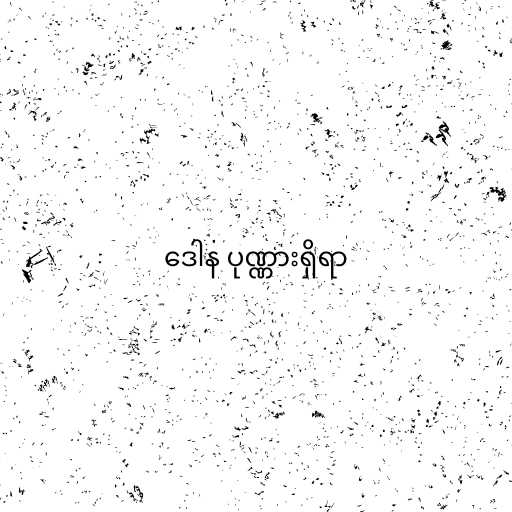
ဒေါန ပုဏ္ဏားရှိရာ